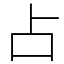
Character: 占